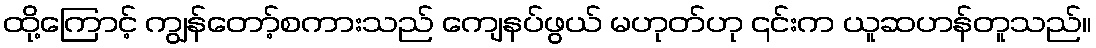
ထို့ကြောင့် ကျွန်တော့်စကားသည် ကျေနပ်ဖွယ် မဟုတ်ဟု ၎င်းက ယူဆဟန်တူသည်။